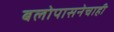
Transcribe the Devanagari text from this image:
बलोपासनेचाही